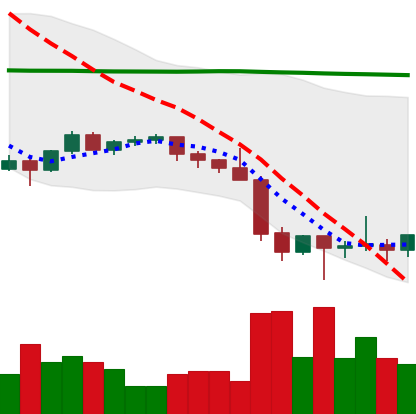
Ticker: ETH-USD
Chart end date: 2022-01-28
Forward return: 5.33%
Label: up_5_7